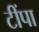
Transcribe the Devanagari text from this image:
टींपा